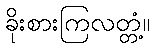
ခိုးစားကြလတ္တံ့။